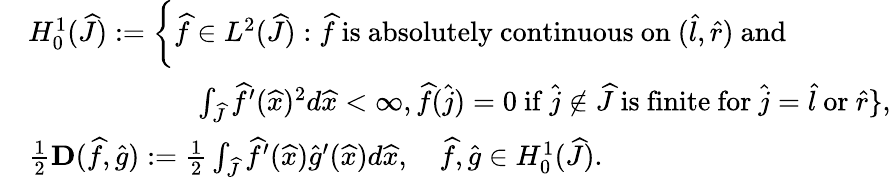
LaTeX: \begin{array}{rl}&{H_{0}^{1}(\widehat{J}):=\bigg\{ \widehat f\in L^{2}(\widehat{J}):\widehat f\mathrm{~is~absolutely~continuous~on~}(\widehat{l},\widehat{r})\mathrm{~and~}}\\ &{\qquad\qquad\qquad\int_{\widehat{J}}\widehat f^{\prime}(\widehat x)^{2}d\widehat x<\infty,\widehat f(\widehat j)=0\mathrm{~if~}\widehat j\notin\widehat{J}\mathrm{~is~finite~for~}\widehat j=\widehat{l}\mathrm{~or~}\widehat{r}\} ,}\\ &{\frac{1}{2}\mathbf{D}(\widehat f,\widehat g):=\frac{1}{2}\int_{\widehat{J}}\widehat f^{\prime}(\widehat x)\widehat g^{\prime}(\widehat x)d\widehat x,\quad\widehat f,\widehat g\in H_{0}^{1}(\widehat{J}).}\end{array}